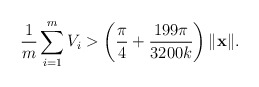
\begin{align*}\frac{1}{m}\sum_{i=1}^mV_i > \left(\frac{\pi}{4}+\frac{199\pi}{3200k}\right)\|\mathbf{x}\|.\end{align*}